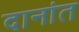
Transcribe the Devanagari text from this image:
दानांत